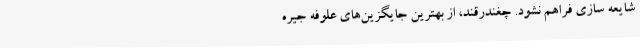
شایعه سازی فراهم نشود. چغندرقند، از بهترین جایگزین‌های علوفه جیره